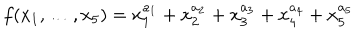
f ( x _ { 1 } , \dots , x _ { 5 } ) = x _ { 1 } ^ { a _ { 1 } } + x _ { 2 } ^ { a _ { 2 } } + x _ { 3 } ^ { a _ { 3 } } + x _ { 4 } ^ { a _ { 4 } } + x _ { 5 } ^ { a _ { 5 } }